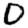
Digit: 0